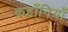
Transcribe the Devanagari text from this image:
कहाँनियाँ